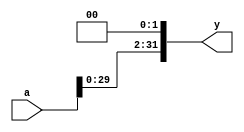
module shift_left2 (
  	input [31:0] a,
	output [31:0] y
);
  
assign y = {a[29:0], 2'b00};
  
endmodule